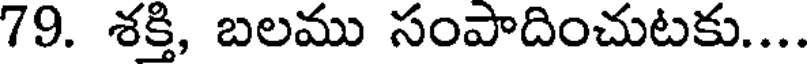
79. శక్తి, బలము సంపాదించుటకు....